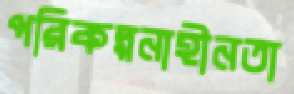
পরিকল্পনাহীনতা